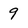
Character: 9